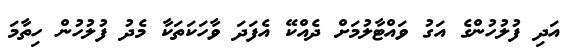
އަދި ފުލުހުންގެ އަގު ވައްޓާލުމަށް ދެއްކޭ އެފަދަ ވާހަކަތަކާ މެދު ފުލުހުން ހިތާމަ